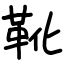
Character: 靴